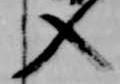
入